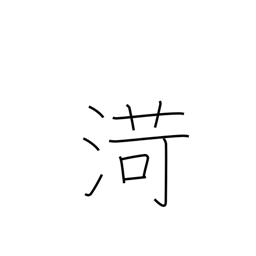
Meaning: name of Chinese river